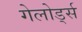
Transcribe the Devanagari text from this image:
गेलोर्ड्स